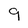
Character: 9